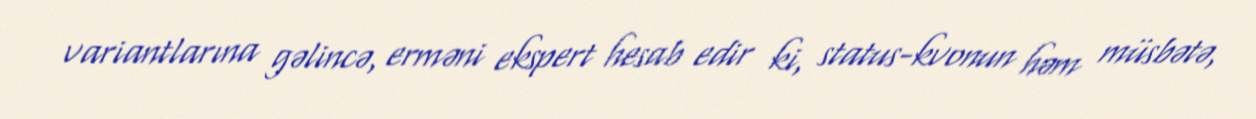
variantlarına gəlincə, erməni ekspert hesab edir ki, status-kvonun həm müsbətə,